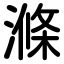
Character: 滌